Annual administration report of the Bombay Presidency - 1887-1892
Year: 1887
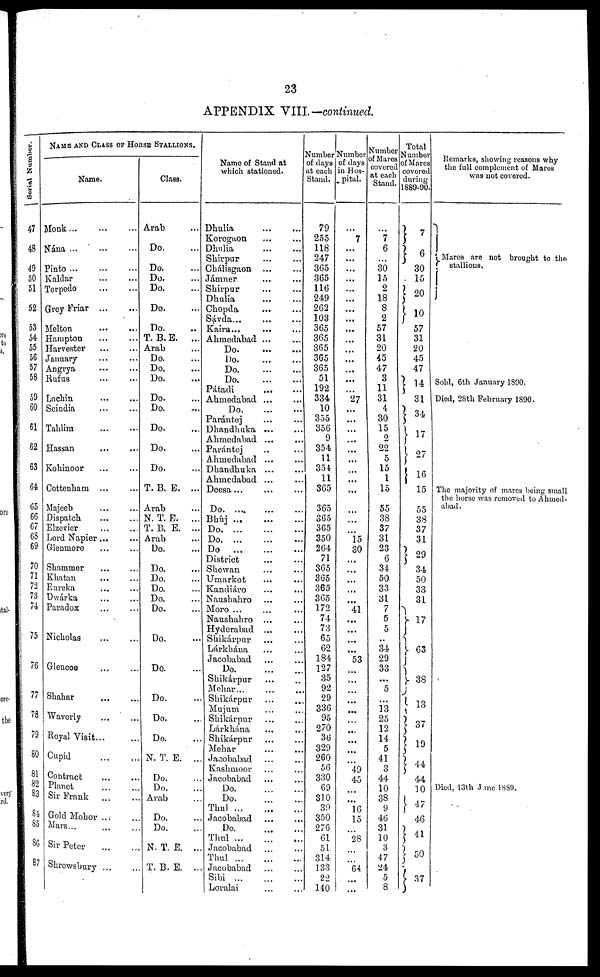
23
APPENDIX VIII.—continued.
Serial Number.
47
48
49
50
51
52
53
54
55
56
57
58
59
60
61
62
63
64
65
66
67
68
69
70
71
72
73
74
75
76
77
78
79
80
81
82
83
84
85
86
87
NAME AND CLASS OF HORSE STALLIONS.
Name.
Monk ... ... ...
Nana ... ... ...
Pinto
...
...
...
Kaldar
...
...
Torpedo
...
...
Grey Friar ... ...
Melton ... ...
Hampton
...
...
Harvester ... ...
January ... ...
Angrya
...
...
Rufus ... ...
Lachin ... ...
Scindia ... ...
Tahlim
...
...
Hassan ... ...
Kohinoor ... ...
Cottenham ... ...
Majeeb ... ...
Dispatch ... ...
Elzevier ... ...
Lord Napier... ...
Glenmore ... ...
Shammer ... ...
Khatan
...
...
Eureka ... ...
Dwárka ... ...
Paradox ... ...
Nicholas ... ...
Glencce ... ...
Shahar ... ...
Waverly ... ...
Royal Visit... ...
Cupid
...
...
Contract ... ...
Planet
...
...
Sir Frank
...
...
Gold Mohor ... ...
Mars ... ... ...
Sir Peter
...
...
Shrewsbury ... ...
Class.
Arab ...
Do. ...
Do. ...
Do. ...
Do. ...
Do. ...
Do. ...
T. B.E. ...
Arab ...
Do. ...
Do. ...
Do. ...
Do. ...
Do. ...
Do. ...
Do. ...
Do. ...
T. B. E. ...
Arab ...
N. T. E. ...
T. B. E. ...
Arab ...
Do. ...
Do. ...
Do. ...
Do. ...
Do. ...
Do. ...
Do. ...
Do. ...
Do. ...
Do. ...
Do. ...
N. T. E. ...
Do. ...
Do. ...
Arab ...
Do. ...
Do. ...
N. T. E. ...
T. B. E. ..
Name of Stand at
which stationed.
Dhulia
...
...
Korogaon ... ...
Dhulia ... ...
Shirpur ... ...
Chálisgaon ... ...
Jámner ... ...
Shirpur ... ...
Dhulia
...
...
Chopda ... ...
Sávda... ... ...
Kaira... ... ...
Ahmedabad ... ...
Do.
...
...
Do.
...
...
Do.
...
...
Do.
...
...
Pátadi
...
...
Ahmedabad ... ...
Do.
...
...
Parántej ... ...
Dhandhuka ... ...
Ahmedabad ... ...
Parántej ... ...
Ahmedabad ... ...
Dhandhuka ... ...
Ahmedabad ... ...
Deesa ... ... ...
Do.
...
...
...
Bhúj
...
...
...
Do.
...
...
...
Do.
...
...
...
Do.
...
...
...
District ... ...
Showan ... ...
Umarkot ... ...
Kandiáro ... ...
Naushahro ... ...
Moro ... ... ...
Naushahro ... ...
Hyderabad ... ...
Shikárpur ... ...
Lárkhána ... ...
Jacobabad
Do.
...
...
Shikárpur ... ...
Mehar... ... ...
Shikárpur ... ...
Mujum ... ...
Shikárpur ... ...
Lark liana ... ...
Shikárpur ... ...
Mehar ... ..
Jacobabad ... ...
Kashmoor ... ...
Jacobabad ... ...
Do.
...
...
Do.
...
...
Thul
...
...
...
Jacobabad ... ...
Do.
...
...
Thul ...
...
...
Jacobabad ... ...
Thul
...
...
...
Jacobabad ... ...
Sibi
...
...
Loralai ... ...
Number
of days
at each
Stand.
79
255
118
247
365
365
116
249
262
103
365
365
365
365
365
51
192
334
10
355
356
9
354
11
354
11
365
365
365
365
350
264
71
365
365
365
365
172
74
73
65
62
184
127
35
92
29
336
95
270
36
329
260
56
330
69
310
39
350
276
61
51
---
133
22
140
Number
of days
in Hos-
pital.
...
7
...
...
...
...
...
...
...
...
...
...
...
...
...
...
...
27
...
...
...
...
...
...
...
...
...
...
...
...
15 30
...
...
...
...
...
41
...
...
...
...
53
...
...
...
...
...
...
...
...
...
...
49
45
...
...
16
15
...
28
...
...
64
...
...
Number
of Mares
covered
at each
Stand.
...
7
6
...
30
15
2
18
8
2
57
31
20
45
47
3
11
31
4
30
15
2
22
5
15
1
15
55
38
37
31
23
6
34
50
33
31
7
5
5
..
34
29
33
...
5
...
13
25
12
14
5
41
3
44
10
38
9
46
31
10
3
47
24
5
8
Total
Number
of Mares
covered
during
1889-90.
7
6
30
15
20
10
57
31
20
45
47
14
31
34
17
27
16
15
55
38
37
31
29
34
50
33
31
17
63
38
13
37
19
44
44
10
47
46
41
50
37
Remarks, showing reasons why
the full complement of Mares
was not covered.
Mares are not brought to the
stallions.
Sold, 6th January 1890.
Died, 28th February 1890.
The majority of marcs being small
the horse was removed to Ahmed-
abad.
Died, 13th June 1889.